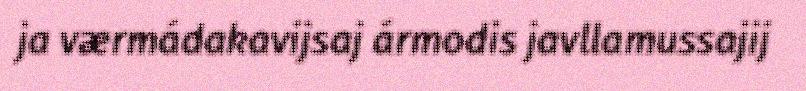
ja værmádakavijsaj ármodis javllamussajij